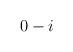
LaTeX: \begin{align*}0 & -i \\ \end{align*}